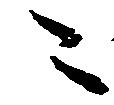
ニ